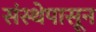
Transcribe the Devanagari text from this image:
संस्थेपासून